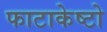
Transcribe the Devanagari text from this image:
फाटाकेष्टो